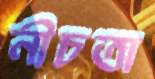
নীচতা